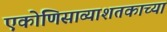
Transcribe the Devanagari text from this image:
एकोणिसाव्याशतकाच्या